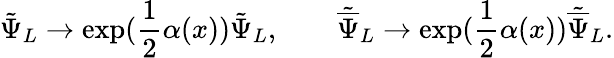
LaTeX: {\tilde{\Psi}}_{L}\rightarrow\exp(\frac{1}{2}\alpha(x)){\tilde{\Psi}}_{L},\qquad{\tilde{\overline{{\Psi}}}}_{L}\rightarrow\exp(\frac{1}{2}\alpha(x)){\tilde{\overline{{\Psi}}}}_{L}.